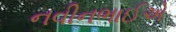
નવીનભાઈએ